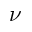
\nu